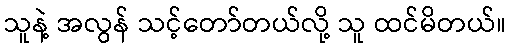
သူနဲ့ အလွန် သင့်တော်တယ်လို့ သူ ထင်မိတယ်။